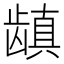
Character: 𱌺